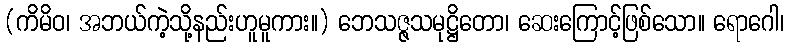
(ကိမိဝ၊ အဘယ်ကဲ့သို့နည်းဟူမူကား။) ဘေသဇ္ဇသမုဋ္ဌိတော၊ ဆေးကြောင့်ဖြစ်သော။ ရောဂေါ၊